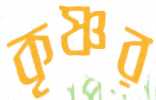
কৃষ্ণর